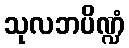
သုလဘပိဏ္ဍံ